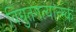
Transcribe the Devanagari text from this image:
विद्युतगत्यात्म्क